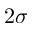
2 \sigma